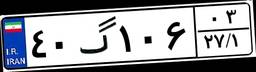
۴۰گ۱۰۶۰۳